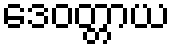
ဒေဝတ္တာယ